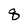
Character: q